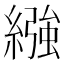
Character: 繈